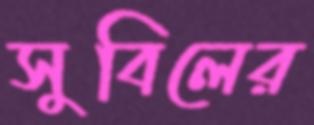
সুবিলের